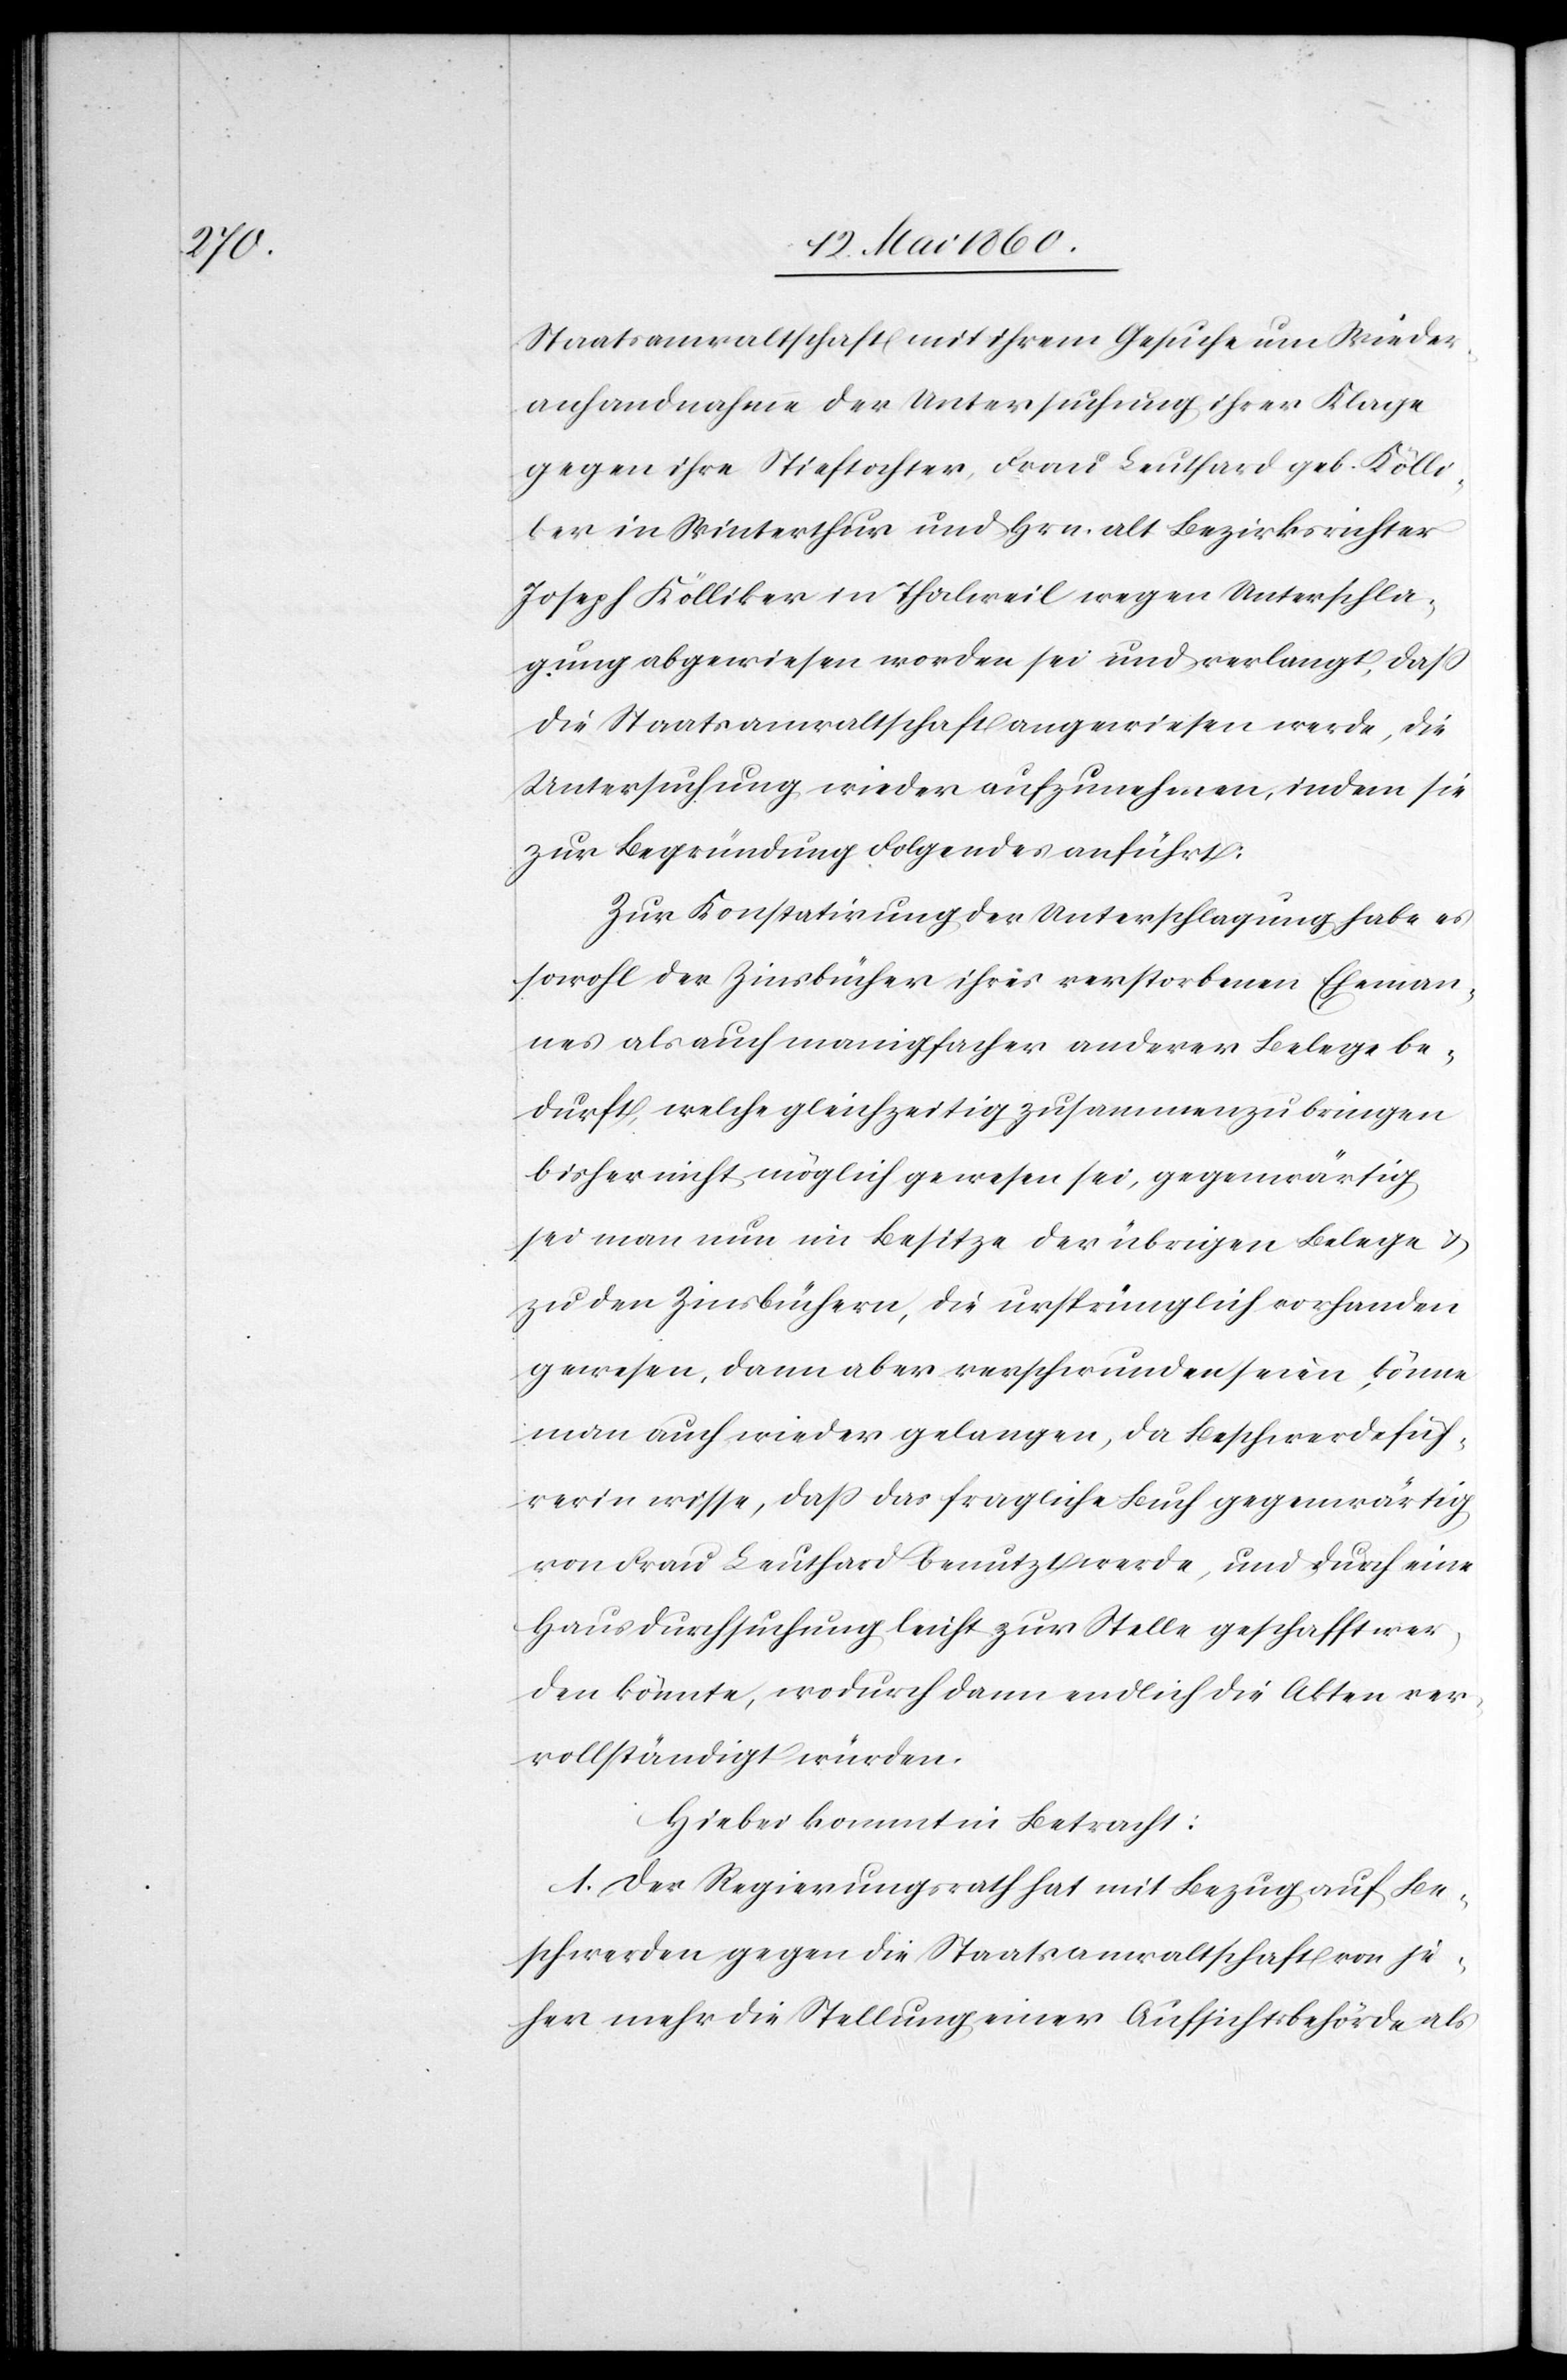
Staatsanwaltschaft mit ihrem Gesuche um Wieder¬
anhandnahme der Untersuchung ihrer Klage
gegen ihre Stieftochter, Frau Leuthard geb. Kölli¬
ker in Winterthur und Hrn. alt Bezirksrichter
Joseph Kölliker in Thalweil wegen Unterschla¬
gung abgewiesen worden sei und verlangt, dass
die Staatsanwaltschaft angewiesen werde, die
Untersuchung wieder aufzunehmen, indem sie
zur Begründung Folgendes anführt:
Zur Konstatirung der Unterschlagung habe es
sowohl der Zinsbücher ihres verstorbenen Eheman¬
nes als auch manigfacher anderer Belege be¬
durft, welche gleichzeitig zusammenzubringen
bisher nicht möglich gewesen sei, gegenwärtig
sei man nun im Besitze der übrigen Belege u.
zu den Zinsbüchern, die ursprünglich vorhanden
gewesen, dann aber verschwunden seien, könne
man auch wieder gelangen, da Beschwerdefüh¬
rerin wisse, dass das fragliche Buch gegenwärtig
von Frau Leuthard benutzt werde, und durch eine
Hausdurchsuchung leicht zur Stelle geschafft wer¬
den könnte, wodurch dann endlich die Akten ver¬
vollständigt würden.
Hiebei kommt in Betracht:
1. Der Regierungsrath hat mit Bezug auf Be¬
schwerden gegen die Staatsanwaltschaft von je¬
her mehr die Stellung einer Aufsichtsbehörde als